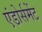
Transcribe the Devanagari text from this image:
एंडोर्समेंट